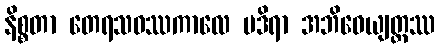
နိစ္စတာ တေရသဝဿကာလေ မဒိရာ အဘိဓေယျတ္ထဿ